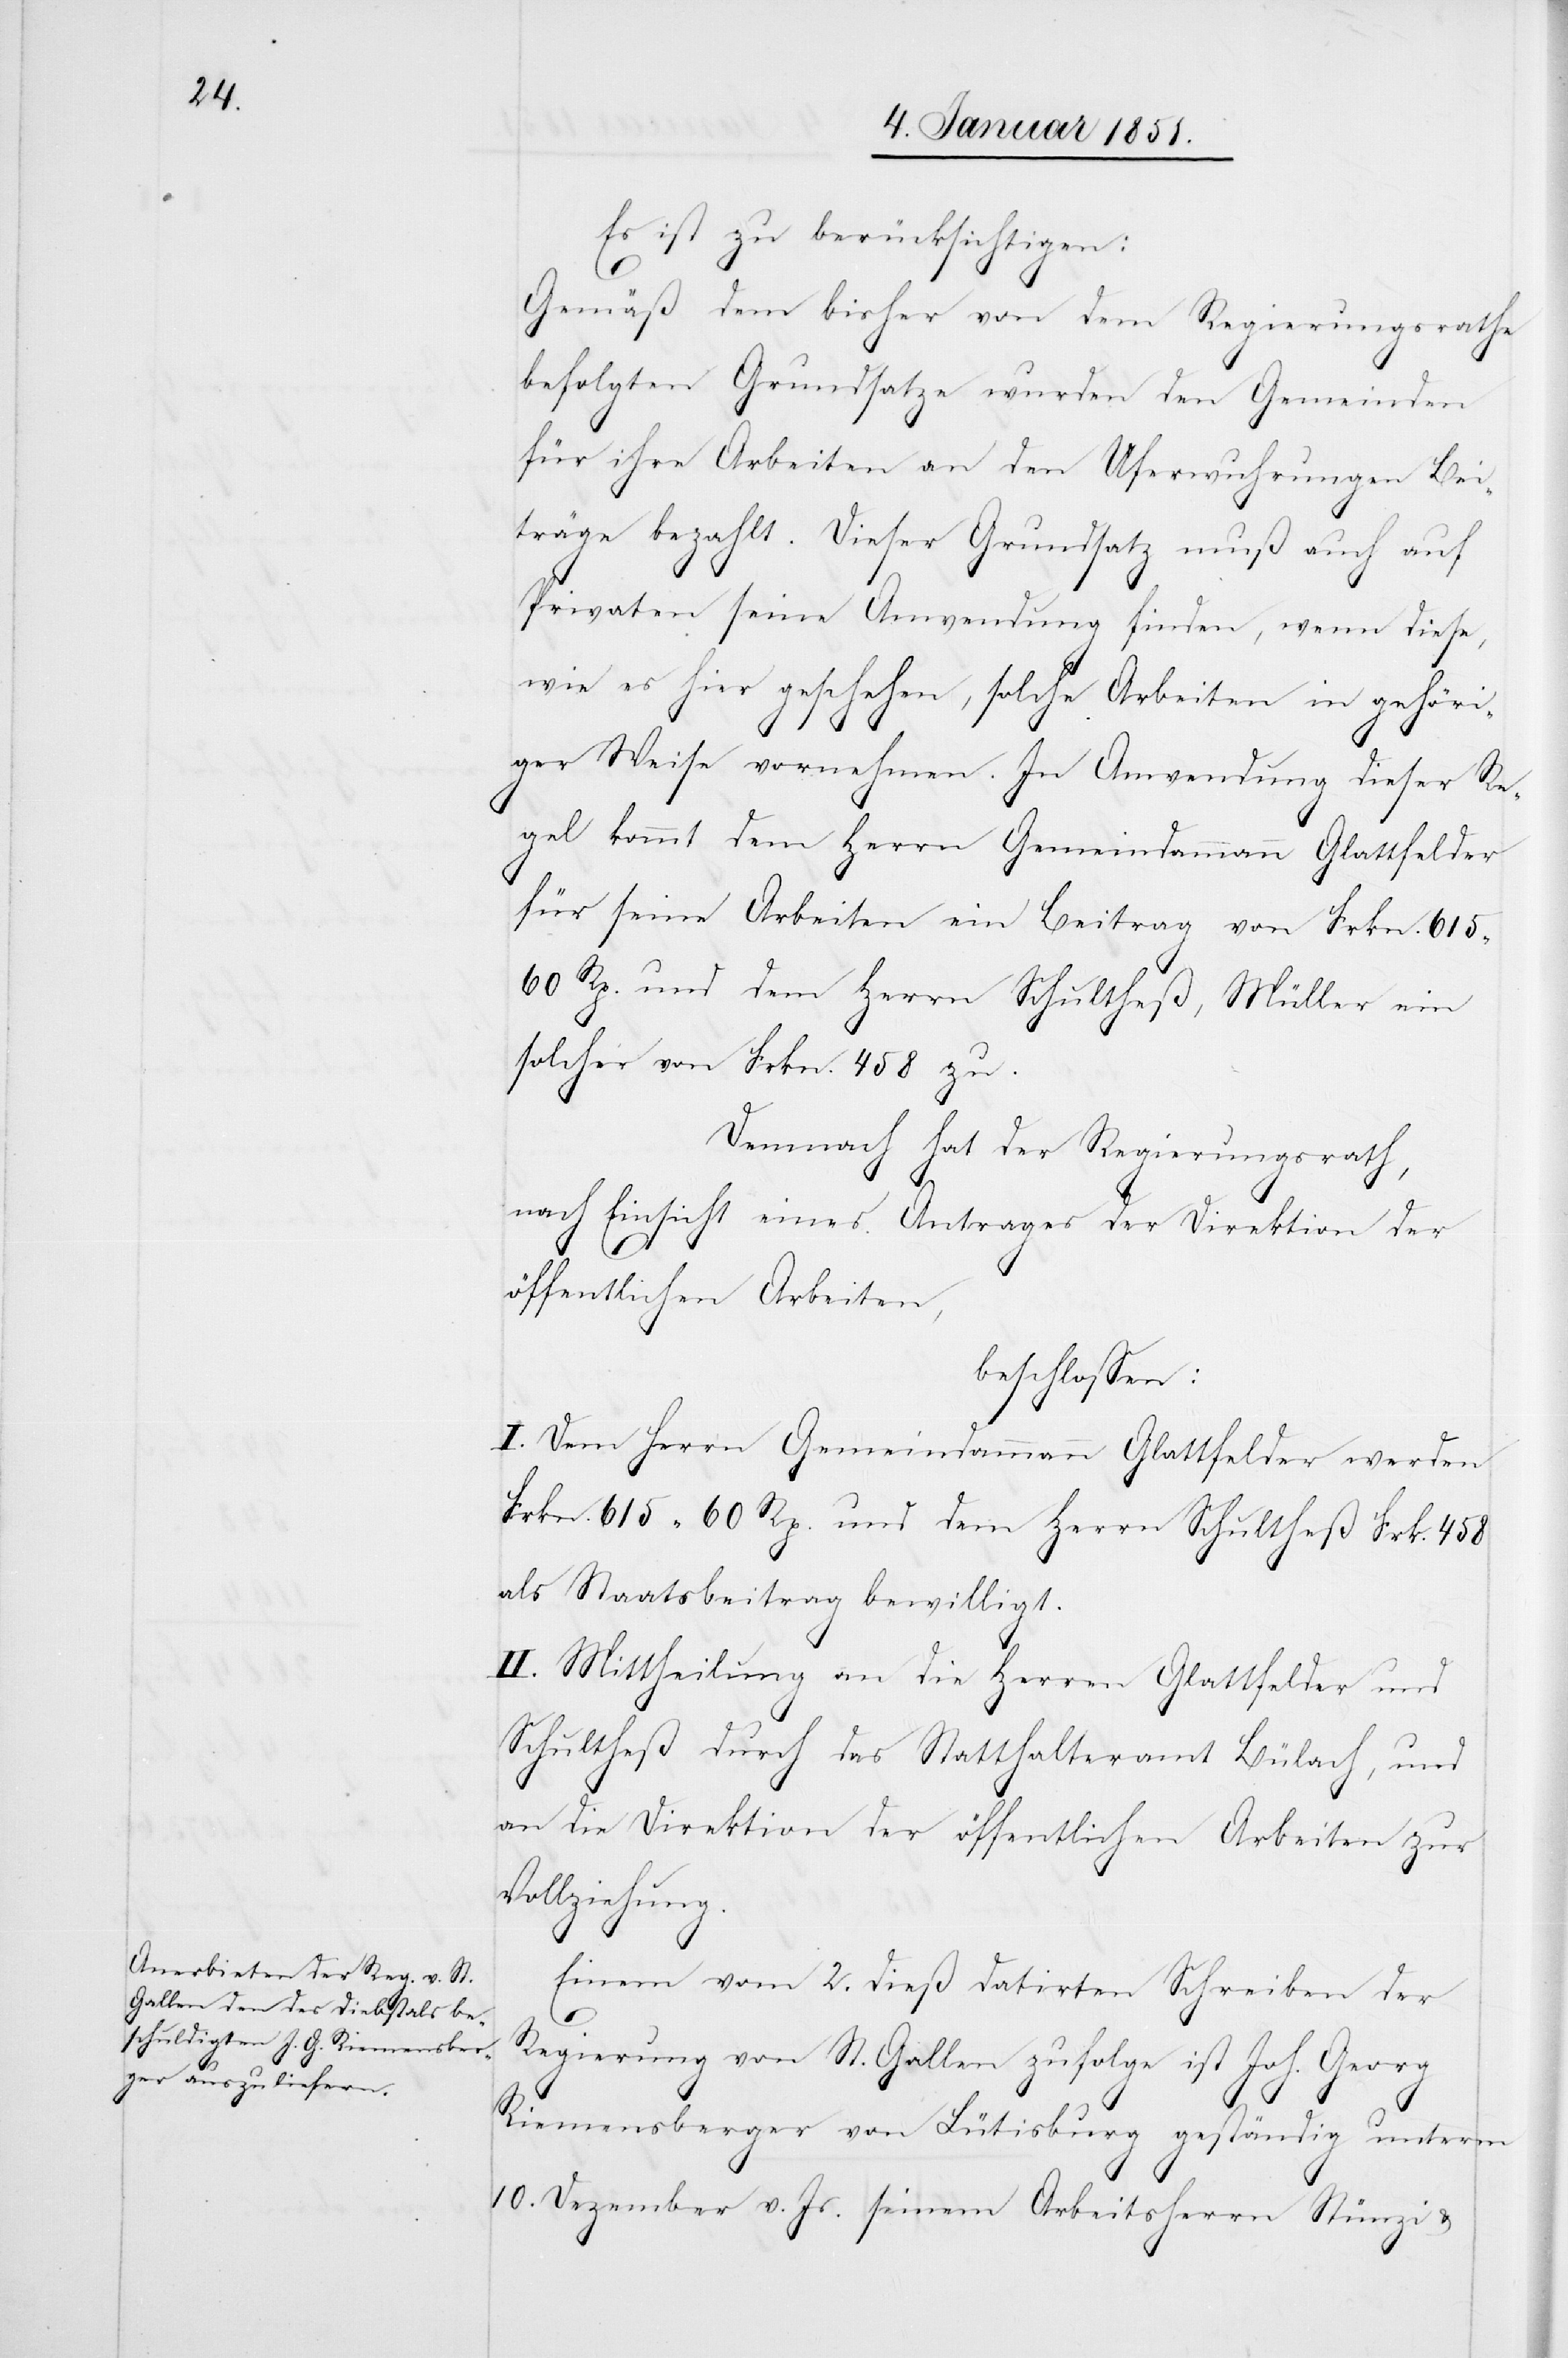
Es ist zu berücksichtigen:
Gemäß dem bisher von dem Regierungsrathe
befolgten Grundsatze wurden den Gemeinden
für ihre Arbeiten an den Uferwuhrungen Bei¬
träge bezahlt. Dieser Grundsatz muß auch auf
Privaten seine Anwendung finden, wenn diese,
wie es hier geschehen, solche Arbeiten in gehöri¬
ger Weise vornehmen. In Anwendung dieser Re¬
gel kommt dem Herrn Gemeindammann Glattfelder
für seine Arbeiten ein Beitrag von Frkn. 615
60 Rp. und dem Herrn Schultheß, Müller ein
solcher von Frkn. 458 zu.
Demnach hat der Regierungsrath,
nach Einsicht eines Antrages der Direktion der
öffentlichen Arbeiten,
beschlossen:
I. Dem Herrn Gemeindammann Glattfelder werden
Frkn. 615 60 Rp. und dem Herrn Schultheß Frk. 458
als Staatsbeitrag bewilligt.
II. Mittheilung an die Herren Glattfelder und
Schultheß durch das Statthalteramt Bülach, und
an die Direktion der öffentlichen Arbeiten zur
Vollziehung.
Einem vom 2. dieß datirten Schreiben der
Regierung von St. Gallen zufolge ist Joh. Georg
Riemensberger von Lütisburg geständig unterm
10. Dezember v. Jr. seinem Arbeitsherrn Stünzi &